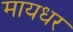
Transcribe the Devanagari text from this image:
मायधर